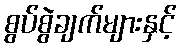
စွပ်စွဲချက်များနှင့်